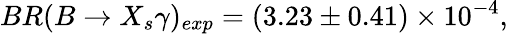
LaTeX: BR(B\rightarrow X_{s}\gamma)_{exp}=(3.23\pm 0.41)\times 10^{-4},